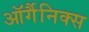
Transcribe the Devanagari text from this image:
ऑर्गैनिक्स